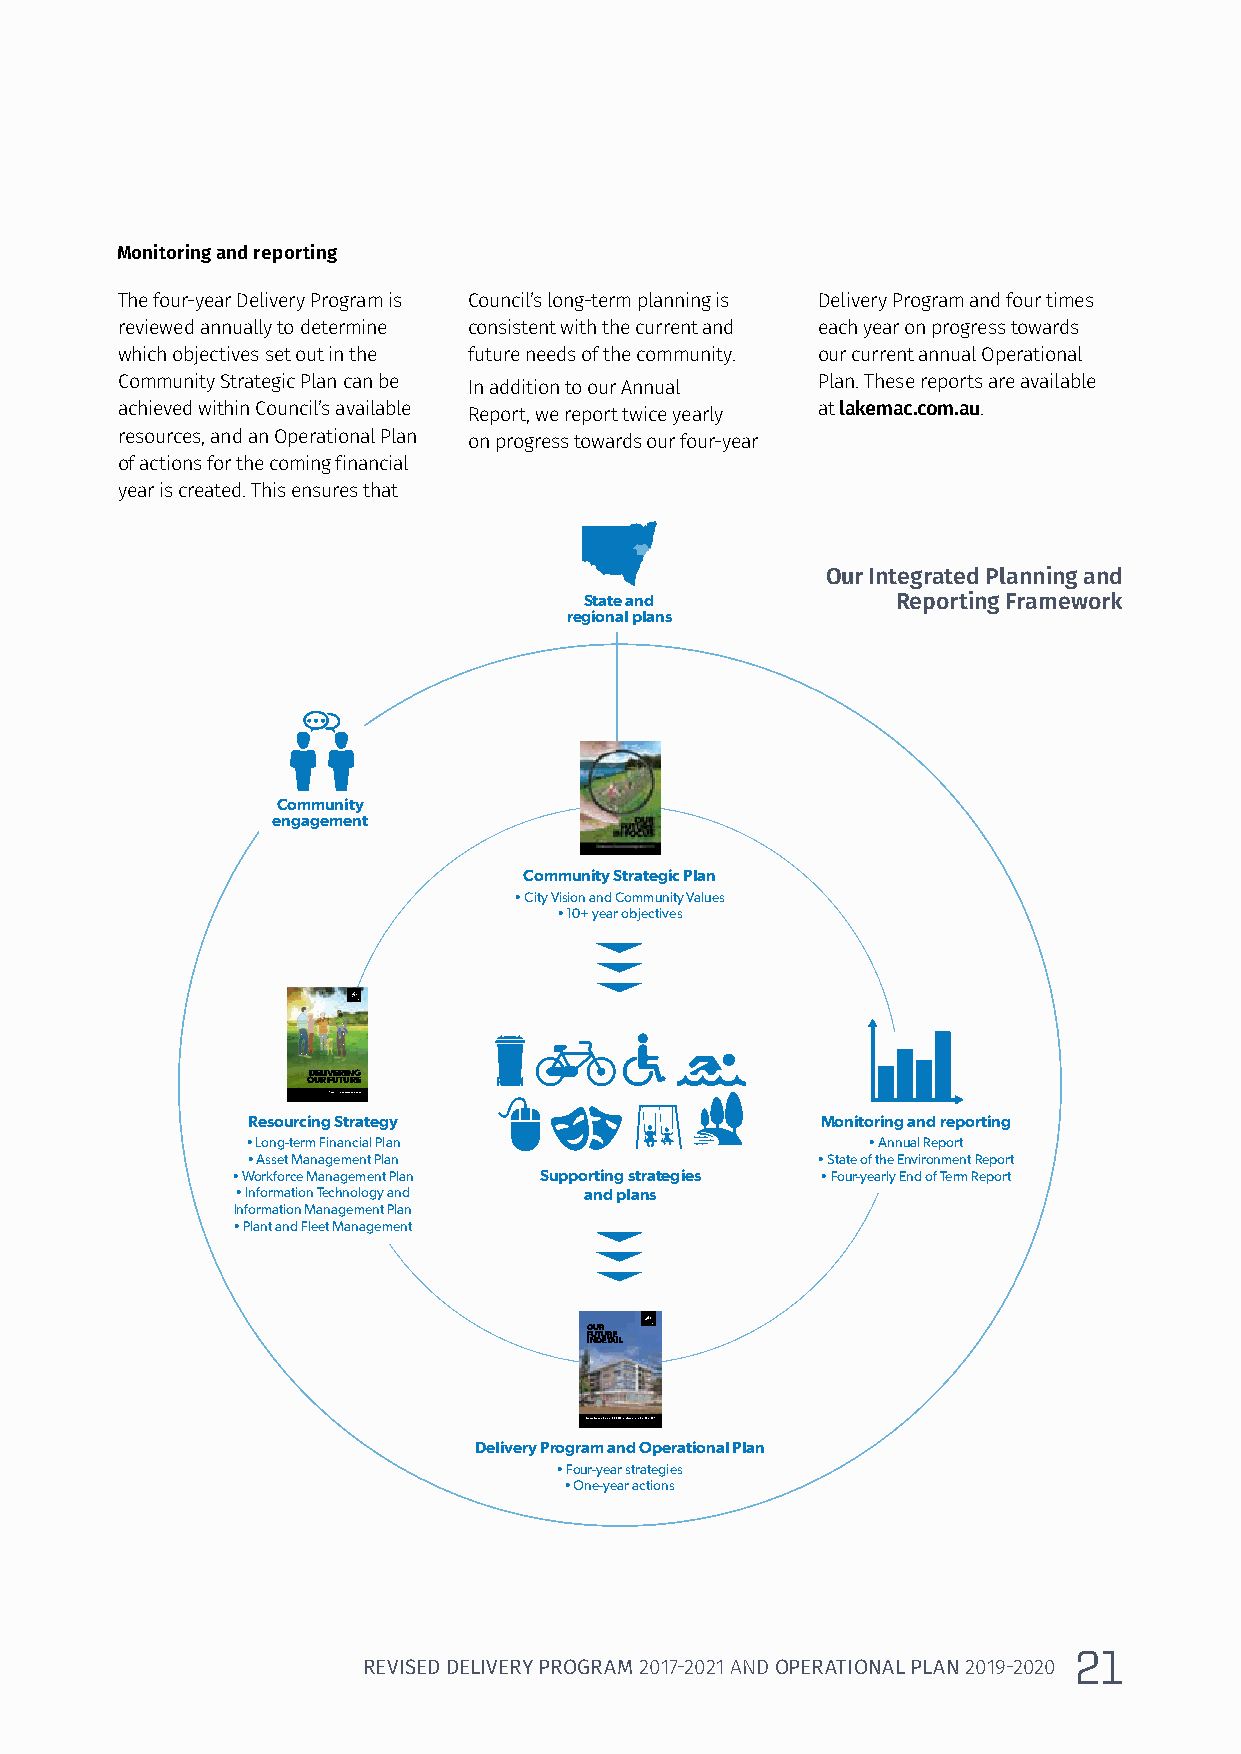
Monitoring and reporting
 The four-year Delivery Program is Council’s long-term planning is Delivery Program and four times
 reviewed annually to determine consistent with the current and each year on progress towards
 which objectives set out in the future needs of the community. our current annual Operational
 Community Strategic Plan can be In addition to our Annual Plan. These reports are available
 achieved within Council’s available Report, we report twice yearly at lakemac.com.au.
 resources, and an Operational Plan on progress towards our four-year
 of actions for the coming financial
 year is created. This ensures that
 Our Integrated Planning and
 State and           Reporting Framework
 regional plans
 Community
 engagement
 Community Strategic Plan
 • City Vision and Community Values
 • 10+ year objectives
 DELIVERING
 OUR FUTURE
 Resourcing Strategy 2017–2027
 Resourcing Strategy                   Monitoring and reporting
 • Long-term Financial Plan               • Annual Report
 • Asset Management Plan               • State of the Environment Report
 • Workforce Management Plan Supporting strategies • Four-yearly End of Term Report
 • Information Technology and and plans
 Information Management Plan
 • Plant and Fleet Management
 FIO NUU DTRUE TRAEI L
 Revised Delivery Program 2017–2021 and Operational Plan 2018–2019
 Delivery Program and Operational Plan
 • Four-year strategies
 • One-year actions
 21
 REVISED DELIVERY PROGRAM 2017-2021 AND OPERATIONAL PLAN 2019-2020